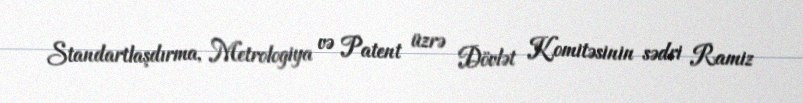
Standartlaşdırma, Metrologiya və Patent üzrə Dövlət Komitəsinin sədri Ramiz